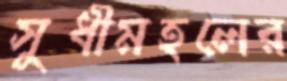
সুধীমহলের